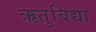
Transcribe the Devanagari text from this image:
ऋतुविद्या